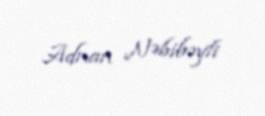
Adnan Nəbibəyli